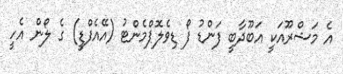
އެ މަޝްރޫއަކީ އަބޫދާބީ ފަންޑު ފޯ ޑިވެލޮޕްމެންޓު (އޭއެފްޑީ) ގެ ލޯން އެހީ